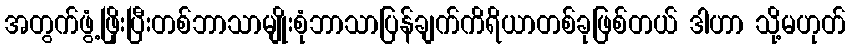
အတွက်ဖွံ့ဖြိုးပြီးတစ်ဘာသာမျိုးစုံဘာသာပြန်ချက်ကိရိယာတစ်ခုဖြစ်တယ် ဒါဟာ သို့မဟုတ်